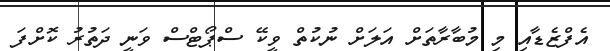
އެފްޒެޑާއި މި މުބާރާތަށް އަލަށް ނުކުތް ވީކޭ ސްޕޯޓްސް ވަނީ ދަތުރު ކޮށްފަ